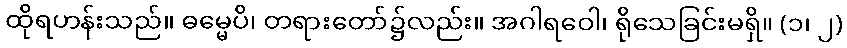
ထိုရဟန်းသည်။ ဓမ္မေပိ၊ တရားတော်၌လည်း။ အဂါရဝေါ၊ ရိုသေခြင်းမရှိ။ (၁၊ ၂)